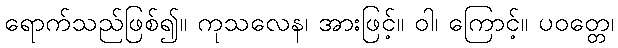
ရောက်သည်ဖြစ်၍။ ကုသလေန၊ အားဖြင့်။ ဝါ၊ ကြောင့်။ ပဝတ္တေ၊